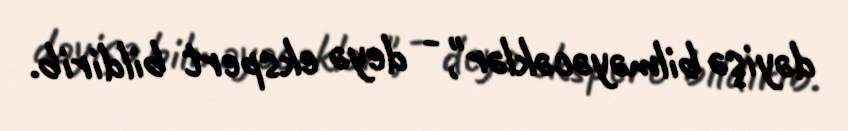
dəyişə bilməyəcəklər", - deyə ekspert bildirib.